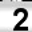
Digit: 2